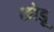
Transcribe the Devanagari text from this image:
छोड़ू